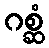
ဂစ္ဆံ